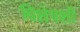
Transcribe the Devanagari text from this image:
विशेषशी